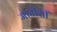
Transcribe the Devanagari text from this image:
जातीशीं